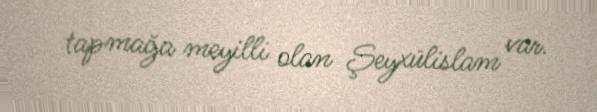
tapmağa meyilli olan Şeyxülislam var.